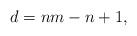
LaTeX: \begin{align*}d=nm-n+1,\end{align*}